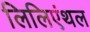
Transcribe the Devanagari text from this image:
लिलिएंथल